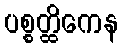
ပစ္စတ္ထိကေန